Annual report of the Civil Veterinary Department, Bengal, for the year 1896-97 - 1896-1897
Year: 1896
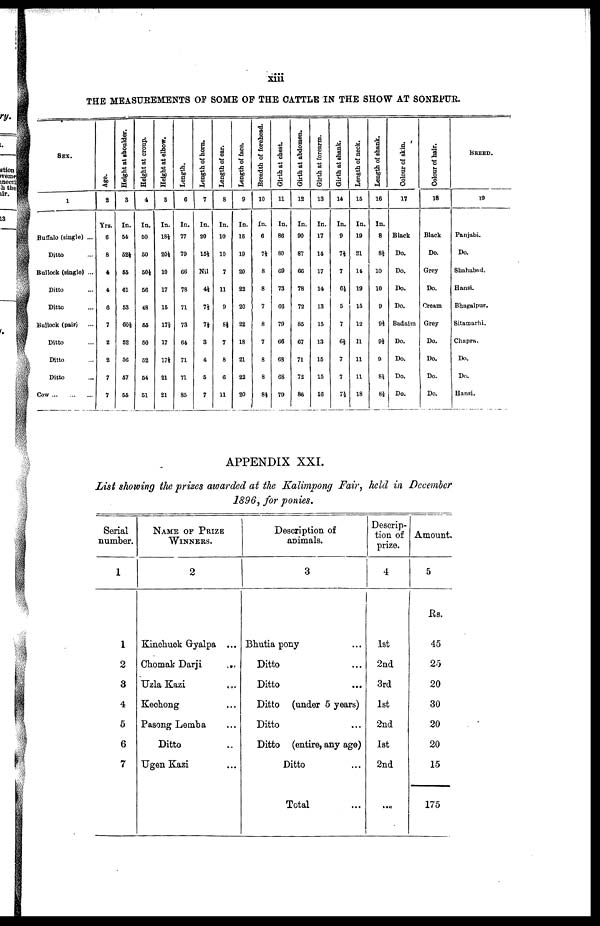
xiii
THE MEASUREMENTS OF SOME OF THE CATTLE IN THE SHOW AT SONEPUR.
SEX.
1
Buffalo (single) ...
Ditto ...
Bullock (single) ...
Ditto ...
Ditto ...
Bullock (pair) ...
Ditto ...
Ditto ...
Ditto ...
Cow ... ... ...
Age.
2
Yrs.
6
8
4
4
6
7
2
2
7
7
Height at shoulder.
3
In.
54
524
55
61
53
60½
52
56
67
55
Height at croup.
4
In.
50
50
50½
56
48
55
50
52
54
51
Height at elbow.
5
In.
18½
20½
10
17
15
17½
17
17½
21
21
Length.
6
In.
77
79
66
78
71
73
64
71
71
85
Length of horn.
7
In.
20
15½
Nil
4½
7½
74
3
4
5
7
Length of ear.
8
In.
10
10
7
11
9
8½
7
8
6
11
Length of face.
9
In.
16
19
20
22
20
22
18
21
22
20
Breadth of forehead.
10
In.
6
7½
8
8
7
8
7
8
8
84
Girth at chest.
11
In.
86
80
69
73
66
79
66
68
68
79
Girth at abdomen.
12
In.
90
87
66
78
72
85
67
71
72
86
Girth at forearm.
13
In.
17
14
17
14
13
15
13
15
15
16
Girth at shank.
14
In.
9
74
7
6½
5
7
6½
7
7
74
Length of neck.
15
In.
19
21
14
19
15
12
11
11
11
18
Length of shank.
16
In.
8
84
10
10
9
94
94
9
84
84
Colour of skin.
17
Black
Do.
Do.
Do.
Do.
Badaim
Do.
Do.
Do.
Do.
Colour of hair.
18
Black
Do.
Grey
Do.
Cream
Grey
Do.
Do.
Do.
Do.
BREED.
19
Panjabi.
Do.
Shahabad.
Hansi.
Bhagalpur.
Sitamarhi.
Chapra.
Do.
Do.
Hansi.
APPENDIX XXI.
List showing the prises awarded at the Kalimpong Fair, held in December
1896, for ponies.
Serial
number.
1
1
2
3
4
5
6
7
NAME OF PRIZE
WINNERS.
2
Kinohuck Gyalpa ...
Chomak Darji
...
Uzla Kazi ...
Kechong ...
Pasong Lemba ...
Ditto ...
Ugen Kazi ...
Description of
animals.
3
Bhutia pony ...
Ditto ...
Ditto ...
Ditto (under 5 years)
Ditto ...
Ditto (entire, any age)
Ditto ...
Total ...
Descrip-
tion of
prize.
4
1st
2nd
3rd
1st
2nd
1st
2nd
...
Amount.
5
Rs.
45
25
20
30
20
20
15
175